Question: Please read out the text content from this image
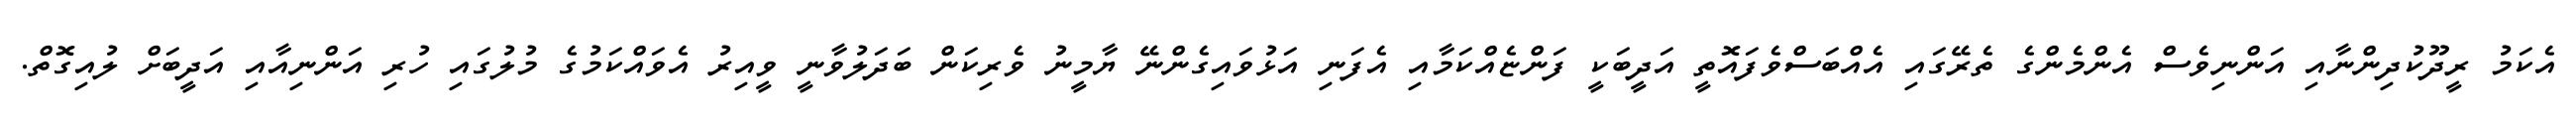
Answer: އެކަމު ރީދޫކުދިންނާއި އަންނިވެސް އެންމެންގެ ތެރޭގައި އެއްބަސްވެފައޮތީ އަދީބަކީ ފަންޏެއްކަމާއި އެފަނި އަޅުވައިގެންނޭ ޔާމީނު ވެރިކަން ބަދަލުވާނީ ވީއިރު އެވައްކަމުގެ މުލުގައި ހުރި އަންނިއާއި އަދީބަށް ލުއިގޮތް.